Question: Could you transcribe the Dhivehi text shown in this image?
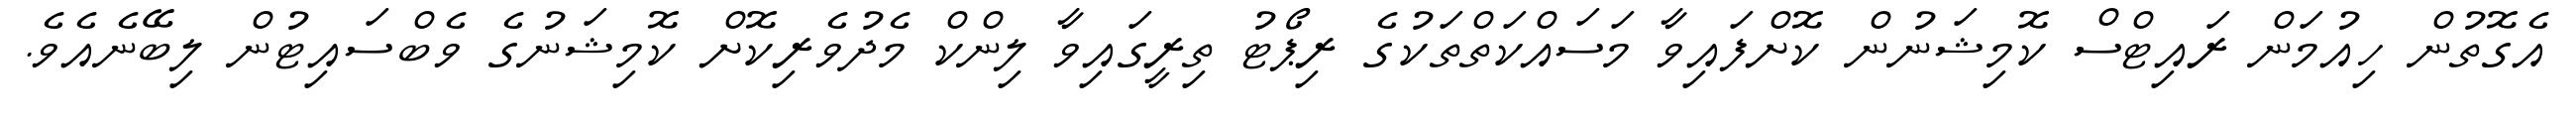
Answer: އެގޮތުން ހިއުމަން ރައިޓްސް ކޮމިޝަނުން ކޮށްފައިވާ މަސައްކަތްތަކުގެ ރިޕޯޓު ތިރީގައިވާ ލިންކް މެދުވެރިކޮށް ކޮމިޝަނުގެ ވެބްސައިޓުން ލިބޭނެއެވެ.